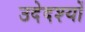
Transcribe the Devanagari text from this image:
उदेदश्यों